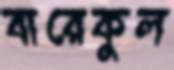
বারেকুল